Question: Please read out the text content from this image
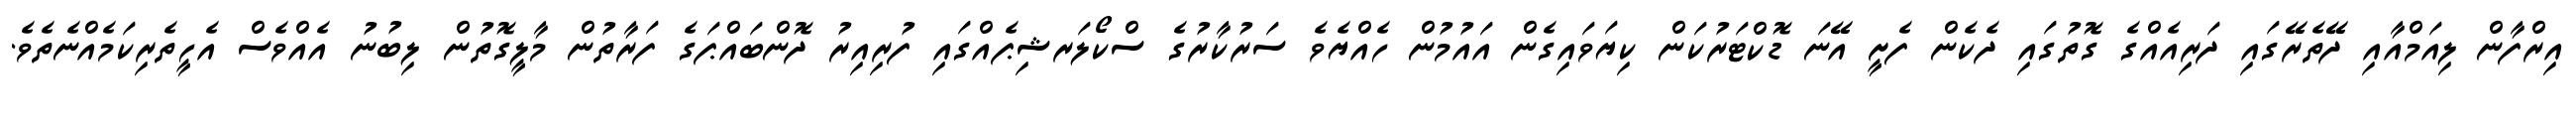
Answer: އިރްފާން ލިއަމްއާއި ދޭތެރޭގައި ދަރިއެއްގެ ގޮތުގައި ދެކެން ފެށީ އޭނަ ޑޮކްޓަރުކަން ކިޔަވައިގެން އައުމުން ހެއްޔެވެ ސަރުކާރުގެ ސްކޯލަރޝިޕެއްގައި ފުރިއިރު ދޮންބައްޕަގެ ފަރާތުން މާލީގޮތުން ލިބުނު އެއްވެސް އެހީތެރިކަމެއްނެތެވެ.